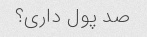
صد پول داری؟